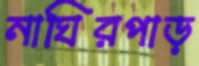
নাঘিরপাড়